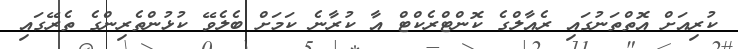
ކުރިއަށް އޮތްތަނުގައި ރެއާލްގެ ކޮންްޓްރެކްޓް އާ ކުރާނެ ކަމަށް ބެލެވޭ ކުޅުންތެރިންގެ ތެރޭގައި